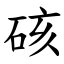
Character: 硋